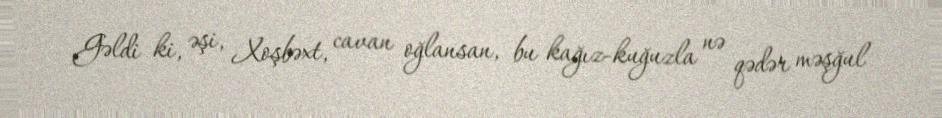
Gəldi ki, əşi, Xoşbəxt, cavan oğlansan, bu kağız-kuğuzla nə qədər məşğul